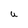
Character: U